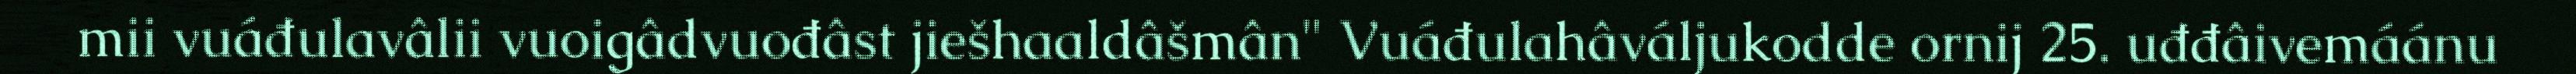
mii vuáđulavâlii vuoigâdvuođâst jiešhaaldâšmân" Vuáđulahâváljukodde ornij 25. uđđâivemáánu